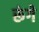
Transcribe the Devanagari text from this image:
रूंगे